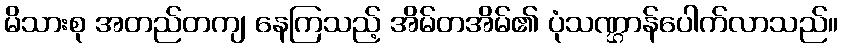
မိသားစု အတည်တကျ နေကြသည့် အိမ်တအိမ်၏ ပုံသဏ္ဌာန်ပေါက်လာသည်။